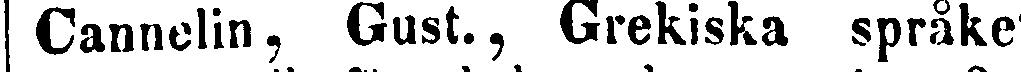
Cannelin, Gust., Grekiska språket